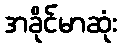
အခိုင်မာဆုံး